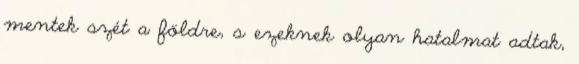
mentek szét a földre, s ezeknek olyan hatalmat adtak,